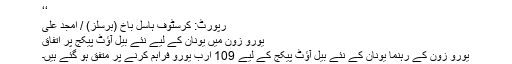
‘‘
رپورٹ: کرسٹوف ہاسل باخ (برسلز) / امجد علی
یورو زون میں یونان کے لیے نئے بیل آؤٹ پیکج پر اتفاق
یورو زون کے رہنما یونان کے نئے بیل آؤٹ پیکج کے لیے 109 ارب یورو فراہم کرنے پر متفق ہو گئے ہیں۔